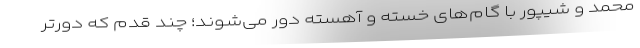
محمد و شیپور با گام‌های خسته و آهسته دور می‌شوند؛ چند قدم که دورتر